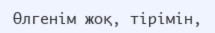
Өлгенім жоқ, тірімін,